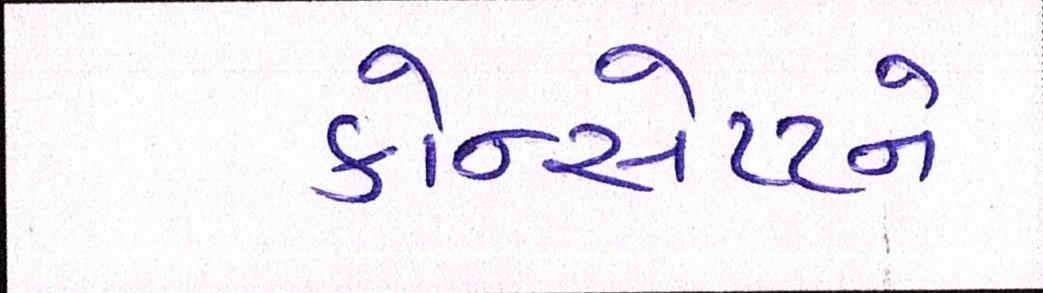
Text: કોન્સેપ્ટને